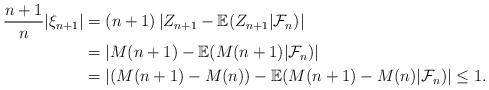
LaTeX: \begin{align*}\frac{n+1}{n}|\xi_{n+1}|&=(n+1)\left|Z_{n+1}-\mathbb{E}(Z_{n+1}|\mathcal{F}_n)\right|\\&=|M(n+1)-\mathbb{E}(M(n+1)|\mathcal{F}_n)|\\&=|(M(n+1)-M(n))-\mathbb{E}(M(n+1)-M(n)|\mathcal{F}_n)|\leq 1.\end{align*}